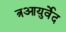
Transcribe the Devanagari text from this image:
त्रआयुर्वेद